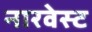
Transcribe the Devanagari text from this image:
नारवेस्ट